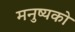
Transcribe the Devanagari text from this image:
मनुष्यको